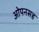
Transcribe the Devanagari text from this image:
ओपनसह